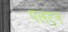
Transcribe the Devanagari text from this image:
पलट्न